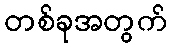
တစ်ခုအတွက်